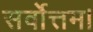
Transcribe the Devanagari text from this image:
सर्वोत्तम।